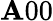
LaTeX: \mathbf{A}00